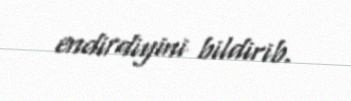
endirdiyini bildirib.